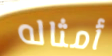
أمثاله